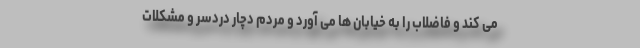
می کند و فاضلاب را به خیابان ها می آورد و مردم دچار دردسر و مشکلات